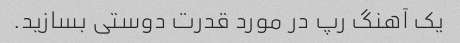
یک آهنگ رپ در مورد قدرت دوستی بسازید.